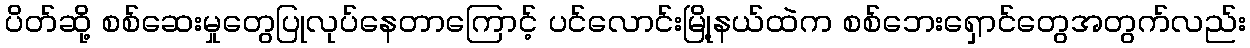
ပိတ်ဆို့ စစ်ဆေးမှုတွေပြုလုပ်နေတာကြောင့် ပင်လောင်းမြို့နယ်ထဲက စစ်ဘေးရှောင်တွေအတွက်လည်း